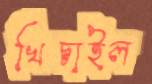
খিচাইল